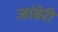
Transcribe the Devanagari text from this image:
जांबेरी